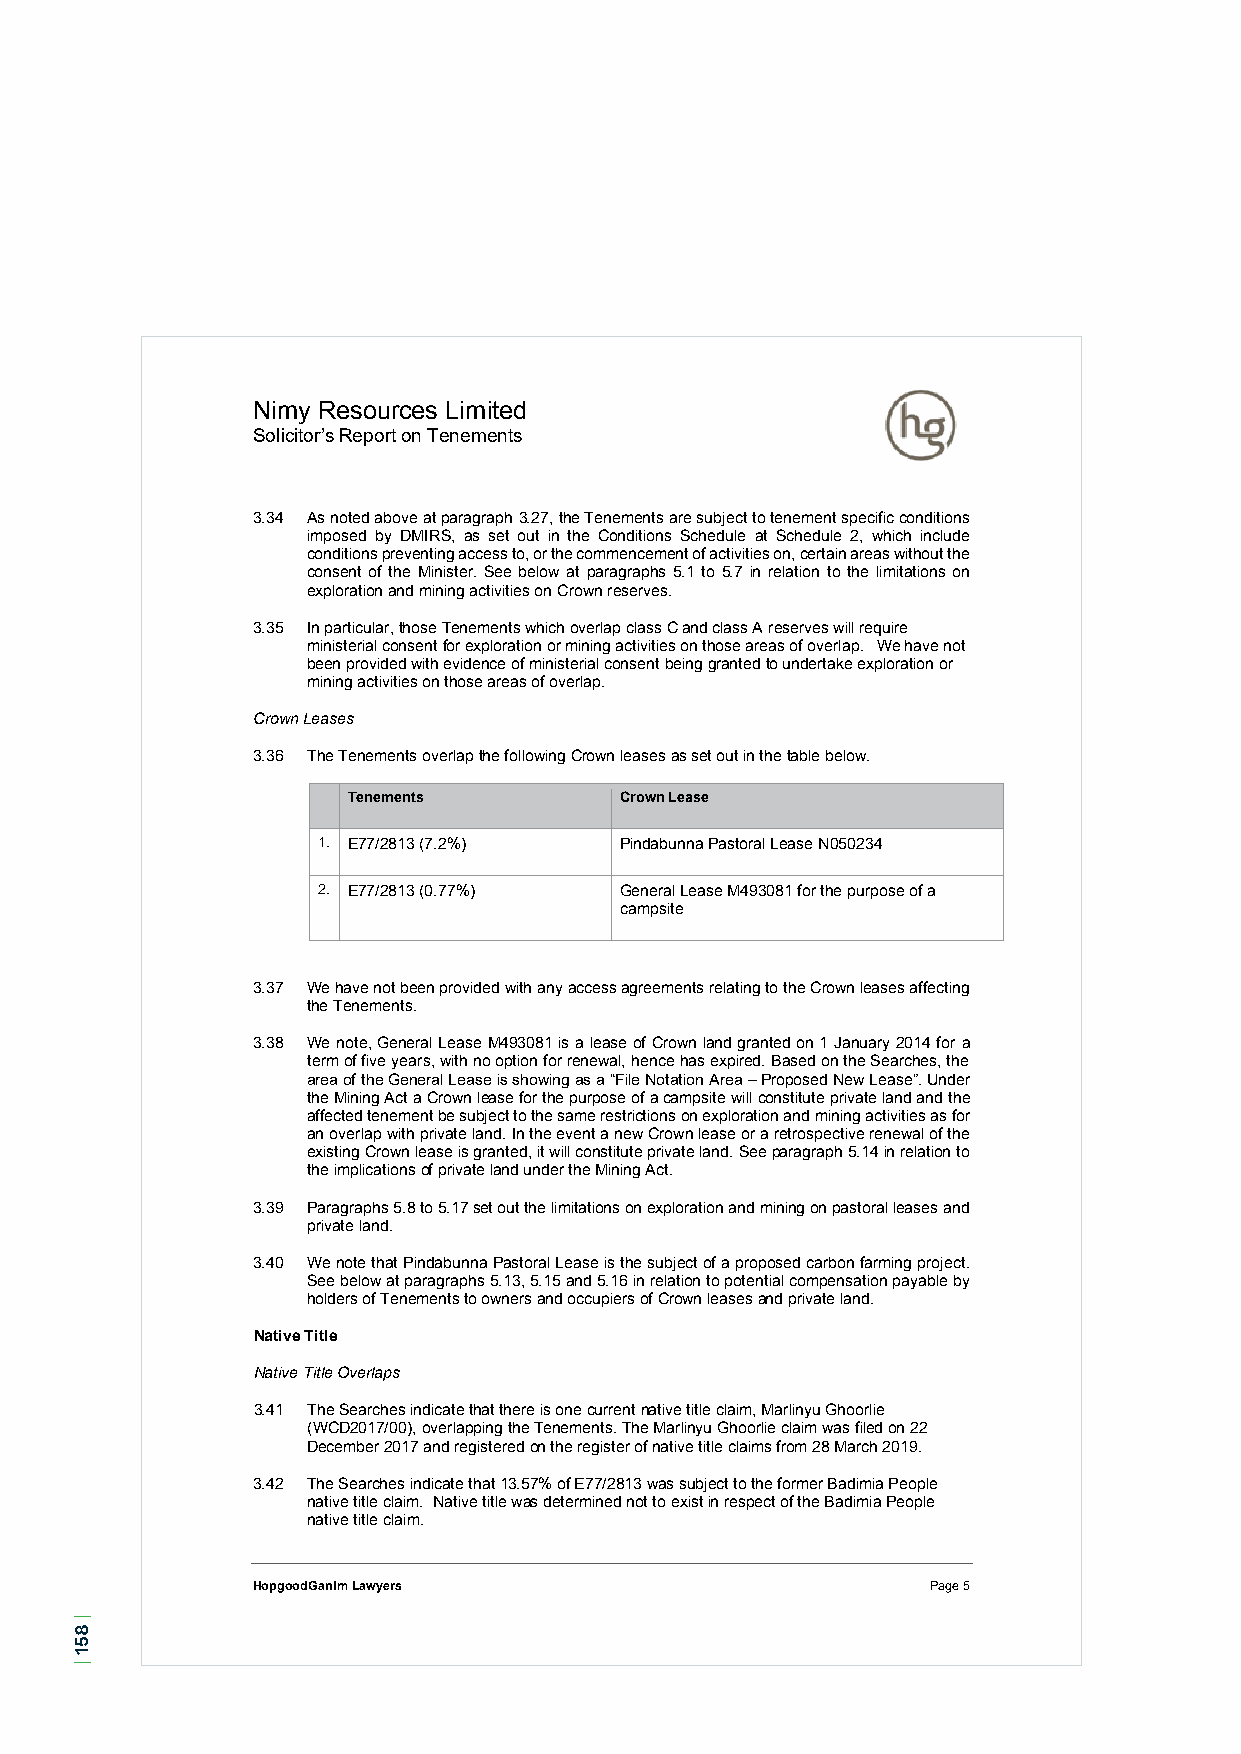
Nimy Resources Limited
 Solicitor’s Report on Tenements
 3.34 As noted above at paragraph 3.27, the Tenements are subject to tenement specific conditions
 imposed by DMIRS, as set out in the Conditions Schedule at Schedule 2, which include
 conditions preventing access to, or the commencement of activities on, certain areas without the
 consent of the Minister. See below at paragraphs 5.1 to 5.7 in relation to the limitations on
 exploration and mining activities on Crown reserves.
 3.35 In particular, those Tenements which overlap class C and class A reserves will require
 ministerial consent for exploration or mining activities on those areas of overlap. We have not
 been provided with evidence of ministerial consent being granted to undertake exploration or
 mining activities on those areas of overlap.
 Crown Leases
 3.36 The Tenements overlap the following Crown leases as set out in the table below.
 Tenements         Crown Lease
 1. E77/2813 (7.2%)  Pindabunna Pastoral Lease N050234
 2. E77/2813 (0.77%) General Lease M493081 for the purpose of a
 campsite
 3.37 We have not been provided with any access agreements relating to the Crown leases affecting
 the Tenements.
 3.38 We note, General Lease M493081 is a lease of Crown land granted on 1 January 2014 for a
 term of five years, with no option for renewal, hence has expired. Based on the Searches, the
 area of the General Lease is showing as a “File Notation Area – Proposed New Lease”. Under
 the Mining Act a Crown lease for the purpose of a campsite will constitute private land and the
 affected tenement be subject to the same restrictions on exploration and mining activities as for
 an overlap with private land. In the event a new Crown lease or a retrospective renewal of the
 existing Crown lease is granted, it will constitute private land. See paragraph 5.14 in relation to
 the implications of private land under the Mining Act.
 3.39 Paragraphs 5.8 to 5.17 set out the limitations on exploration and mining on pastoral leases and
 private land.
 3.40 We note that Pindabunna Pastoral Lease is the subject of a proposed carbon farming project.
 See below at paragraphs 5.13, 5.15 and 5.16 in relation to potential compensation payable by
 holders of Tenements to owners and occupiers of Crown leases and private land.
 Native Title
 Native Title Overlaps
 3.41 The Searches indicate that there is one current native title claim, Marlinyu Ghoorlie
 (WCD2017/00), overlapping the Tenements. The Marlinyu Ghoorlie claim was filed on 22
 December 2017 and registered on the register of native title claims from 28 March 2019.
 3.42 The Searches indicate that 13.57% of E77/2813 was subject to the former Badimia People
 native title claim. Native title was determined not to exist in respect of the Badimia People
 native title claim.
 HopgoodGanim Lawyers                         Page 5
 |
 851
 |